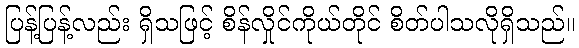
ပြန့်ပြန့်လည်း ရှိသဖြင့် စိန်လှိုင်ကိုယ်တိုင် စိတ်ပါသလိုရှိသည်။